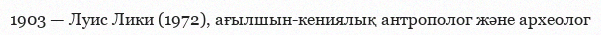
1903 — Луис Лики (1972), ағылшын-кениялық антрополог және археолог